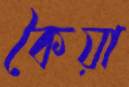
কৈয়া